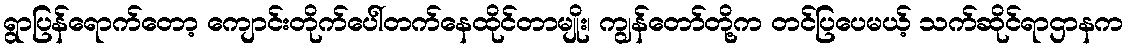
ရွာပြန်ရောက်တော့ ကျောင်းတိုက်ပေါ်တက်နေထိုင်တာမျိုး၊ ကျွန်တော်တို့က တင်ပြပေမယ့် သက်ဆိုင်ရာဌာနက